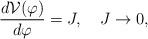
LaTeX: \begin{align*}\frac{d{\cal V}(\varphi)}{d\varphi} = J, \quad J\to 0,\end{align*}